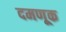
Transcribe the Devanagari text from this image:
दमणूक